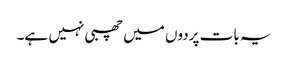
یہ بات پردوں میں چھبی نہیں ہے۔